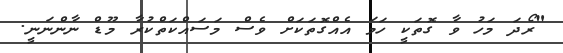
"ރޯދަ މަހު ވާ ގޮތަކީ ހަމަ އެއްގޮތަކަށް ވެސް މަސައްކަތްކުރާ މޫޑް ނާންނަނީ.